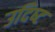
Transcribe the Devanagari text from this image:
उदिष्‍ट